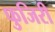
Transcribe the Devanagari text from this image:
फुजिरी